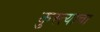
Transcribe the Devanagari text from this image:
कुस्त्याचा